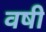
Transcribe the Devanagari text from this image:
वषी